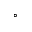
^ \circ